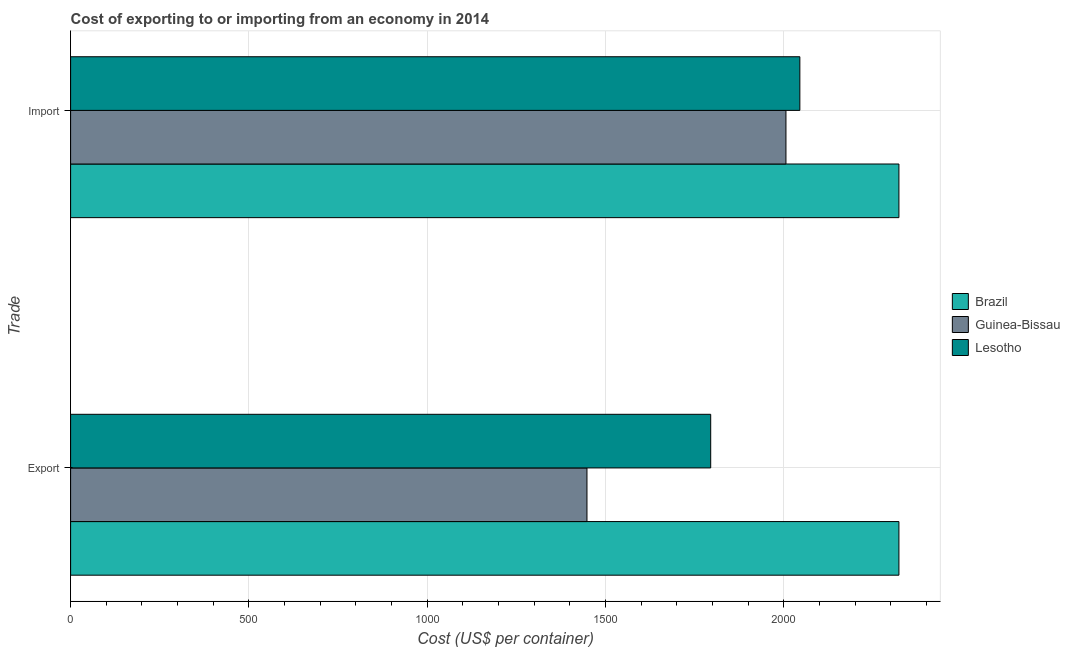
| Trade | Brazil | Guinea-Bissau | Lesotho |
 | --- | --- | --- | --- |
 | Export | 2.32e+03 | 1.45e+03 | 1.8e+03 |
 | Import | 2.32e+03 | 2.01e+03 | 2.04e+03 |